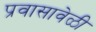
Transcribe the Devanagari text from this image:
प्रवासावेळी